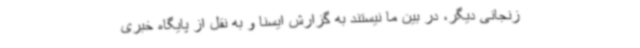
زنجانی دیگر، در بین ما نیستند به گزارش ایسنا و به نقل از پایگاه خبری